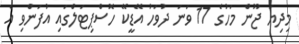
މިދިޔަ ޖޫން މަހުގެ 17 ވަނަ ދުވަހު އޭޑީކޭ ހޮސްޕިޓަލްގައި އުފަންވި އެ